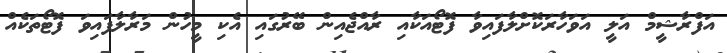
އަފްރާޝީމް އަލީ އަވަހާރަކޮށްލާފައިވާ ފޮޓޯއަކާއި ރާއްޖެއިން ބޭރުގައި އެކި މީހުން މަރާލާފައިވަ ފޮޓޯތަކެއް